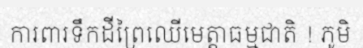
ការពារទឹកដីព្រៃឈើមេត្តាធម្មជាតិ ! ភូមិ